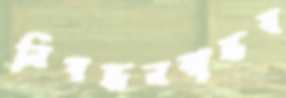
নিবন্ধনবান্ধব